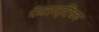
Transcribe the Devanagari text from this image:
फेंटास्टिका